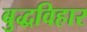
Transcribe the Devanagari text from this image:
बुद्धविहार